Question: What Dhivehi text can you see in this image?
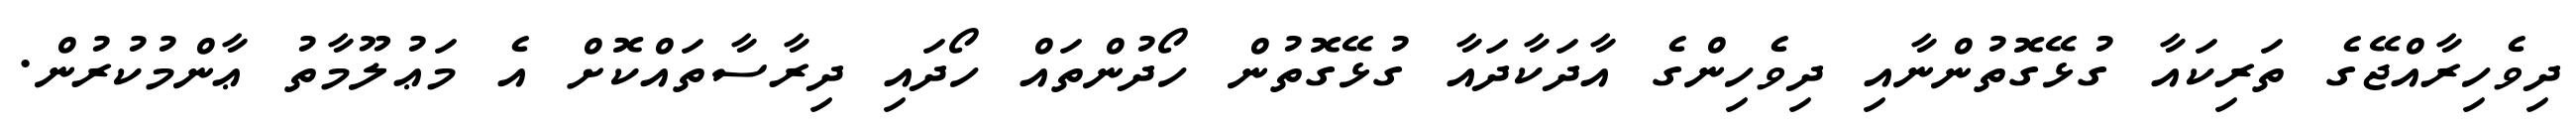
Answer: ދިވެހިރާއްޖޭގެ ތަރިކައާ ގުޅޭގޮތުންނާއި ދިވެހިންގެ އާދަކާދައާ ގުޅޭގޮތުން ހޯދުންތައް ހޯދައި ދިރާސާތައްކޮށް އެ މަޢުލޫމާތު ޢާންމުކުރުން.